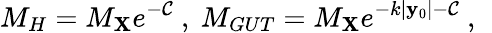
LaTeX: M_{H}=M_{\mathbf{X}}e^{-\mathcal{C}}~,~M_{GUT}=M_{\mathbf{X}}e^{-k|\mathbf{y}_{0}|-\mathcal{C}}~,~\,